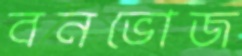
বনভোজ